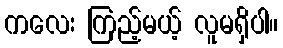
ကလေး ကြည့်မယ့် လူမရှိပါ။